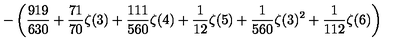
\displaystyle - \left( \frac { 9 1 9 } { 6 3 0 } + \frac { 7 1 } { 7 0 } \zeta ( 3 ) + \frac { 1 1 1 } { 5 6 0 } \zeta ( 4 ) + \frac { 1 } { 1 2 } \zeta ( 5 ) + \frac { 1 } { 5 6 0 } \zeta ( 3 ) ^ { 2 } + \frac { 1 } { 1 1 2 } \zeta ( 6 ) \right)